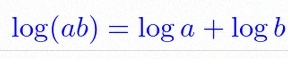
\log(ab)=\log a+\log b